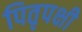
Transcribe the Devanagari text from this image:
पितृपक्षी